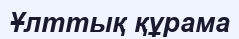
Ұлттық құрама